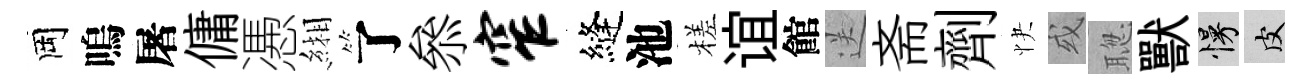
岡嗚屠傭慿緗了叅窄縫池槎谊館送斋劑快或聦獸慢皮